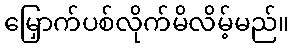
မြှောက်ပစ်လိုက်မိလိမ့်မည်။